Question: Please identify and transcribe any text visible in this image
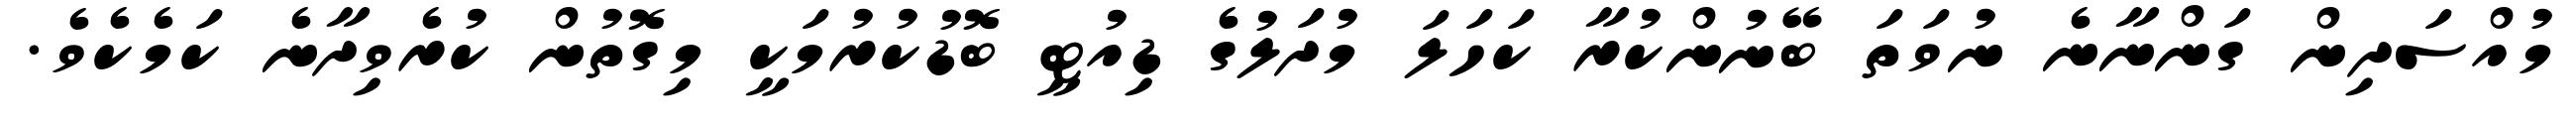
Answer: މުއްސަދިން ގަންނާނެ ނުވަތަ ބޭނުންކުރާ ކަހަލަ މުދަލުގެ ޑިއުޓީ ބޮޑުކުރުމަކީ މިގޮތުން ކުރެވިދާނެ ކަމެކެވެ.